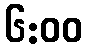
၆:၀၀